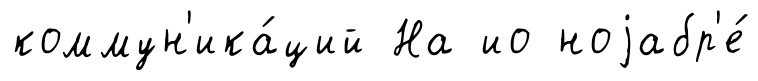
коммун'ика́ций На ио ноjабр'е́